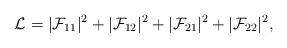
LaTeX: \begin{align*}{\cal L} = |{\cal F}_{11}|^2 + |{\cal F}_{12}|^2 + |{\cal F}_{21}|^2 + |{\cal F}_{22}|^2 ,\end{align*}